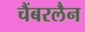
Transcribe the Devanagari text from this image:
चैंबरलैन